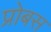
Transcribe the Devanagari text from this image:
प्रोबस